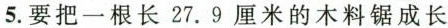
5.要把一根长27.9厘米的木料锯成长